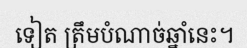
ទៀត ត្រឹមបំណាច់ឆ្នាំនេះ។